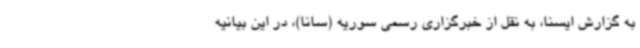
به گزارش ایسنا، به نقل از خبرگزاری رسمی سوریه (سانا)،‌ در این بیانیه